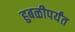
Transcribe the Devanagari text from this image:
हुबळीपर्यंत